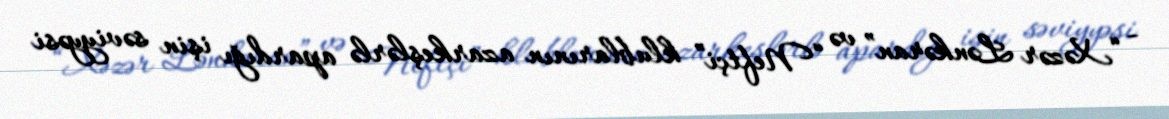
- “Xəzər Lənkəran” və “Neftçi” klublarının azarkeşlərlə apardığı işin səviyyəsi